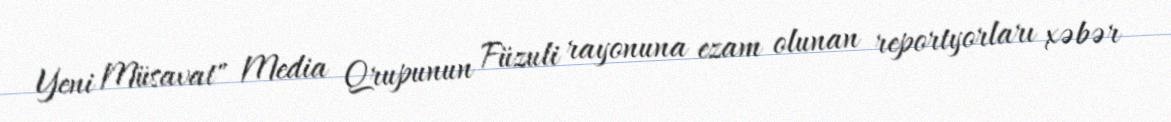
Yeni Müsavat" Media Qrupunun Füzuli rayonuna ezam olunan reportyorları xəbər